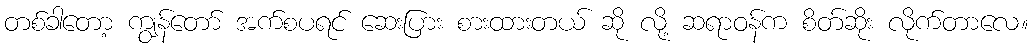
တစ်ခါတော့ ကျွန်တော် အက်စပရင် ဆေးပြား စားထားတယ် ဆို လို့ ဆရာဝန်က စိတ်ဆိုး လိုက်တာလေ။